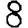
Digit: 8